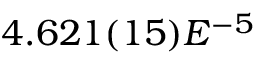
4 . 6 2 1 ( 1 5 ) E ^ { - 5 }